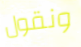
ونقول